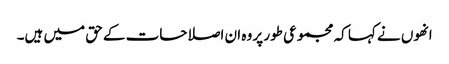
انھوں نے کہا کہ مجموعی طور پر وہ ان اصلاحات کے حق میں ہیں۔